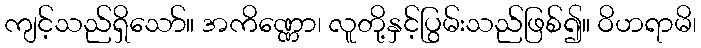
ကျင့်သည်ရှိသော်။ အကိဏ္ဏော၊ လူတို့နှင့်ပြွမ်းသည်ဖြစ်၍။ ဝိဟရာမိ၊